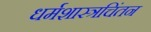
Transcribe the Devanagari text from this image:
धर्मशास्त्रचिंतन